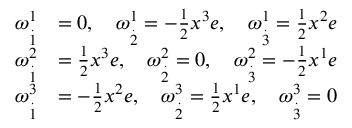
\begin{array} { r l } { \omega _ { \overset { . } { 1 } } ^ { 1 } } & { = 0 , \quad \omega _ { \overset { . } { 2 } } ^ { 1 } = - \frac { 1 } { 2 } x ^ { 3 } e , \quad \omega _ { \overset { . } { 3 } } ^ { 1 } = \frac { 1 } { 2 } x ^ { 2 } e } \\ { \omega _ { \overset { . } { 1 } } ^ { 2 } } & { = \frac { 1 } { 2 } x ^ { 3 } e , \quad \omega _ { \overset { . } { 2 } } ^ { 2 } = 0 , \quad \omega _ { \overset { . } { 3 } } ^ { 2 } = - \frac { 1 } { 2 } x ^ { 1 } e } \\ { \omega _ { \overset { . } { 1 } } ^ { 3 } } & { = - \frac { 1 } { 2 } x ^ { 2 } e , \quad \omega _ { \overset { . } { 2 } } ^ { 3 } = \frac { 1 } { 2 } x ^ { 1 } e , \quad \omega _ { \overset { . } { 3 } } ^ { 3 } = 0 } \end{array}